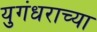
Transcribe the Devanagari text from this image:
युगंधराच्या